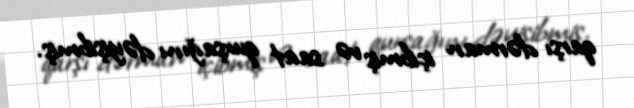
qarşı dərman içibmiş və saat qurşağını dəyişibmiş.